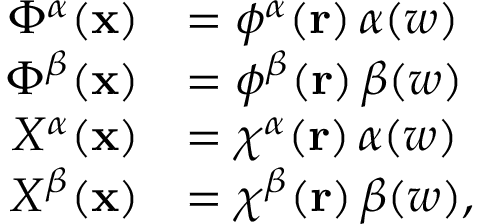
\begin{array} { r l } { \Phi ^ { \alpha } ( \mathbf { x } ) } & { = \phi ^ { \alpha } ( \mathbf { r } ) \, \alpha ( w ) } \\ { \Phi ^ { \beta } ( \mathbf { x } ) } & { = \phi ^ { \beta } ( \mathbf { r } ) \, \beta ( w ) } \\ { X ^ { \alpha } ( \mathbf { x } ) } & { = \chi ^ { \alpha } ( \mathbf { r } ) \, \alpha ( w ) } \\ { X ^ { \beta } ( \mathbf { x } ) } & { = \chi ^ { \beta } ( \mathbf { r } ) \, \beta ( w ) \mathrm { , } } \end{array}